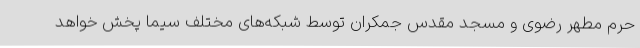
حرم مطهر رضوی و مسجد مقدس جمکران توسط شبکه‌های مختلف سیما پخش خواهد